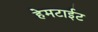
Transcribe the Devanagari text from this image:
हेमटाईट